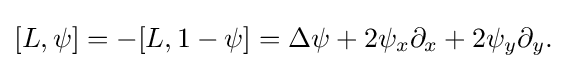
\displaystyle {[L,\psi ]=-[L,1-\psi ]=\Delta \psi +2\psi _{x}\partial _{x}+2\psi _{y}\partial _{y}.}